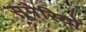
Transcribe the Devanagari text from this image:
सूमेरियों